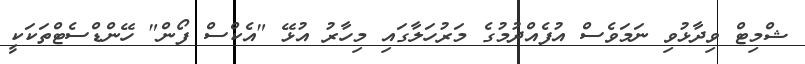
ޝްމިޓް ވިދާޅުވި ނަމަވެސް އުފެއްދުމުގެ މަރުހަލާގައި މިހާރު އުޅޭ "އެކްސް ފޯން" ހޭންޑްސެޓްތަކަކީ